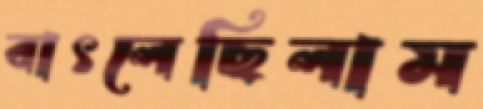
বাৎলেছিলাম